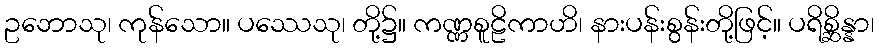
ဥဘောသု၊ ကုန်သော။ ပဿေသု၊ တို့၌။ ကဏ္ဏစူဠိကာဟိ၊ နားပန်းစွန်းတို့ဖြင့်။ ပရိစ္ဆိန္နာ၊